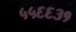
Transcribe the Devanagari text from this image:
५५६६३१